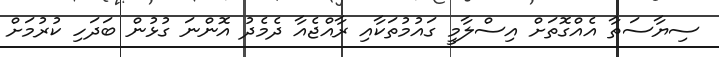
ސިޔާސަތާ އެއްގޮތަށް އިސްލާމީ ގައުމުތަކާއި ރާއްޖެއާ ދެމެދު އޮންނަ ގުޅުން ބަދަހި ކުރުމަށް